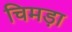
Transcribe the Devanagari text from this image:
चिमड़ा